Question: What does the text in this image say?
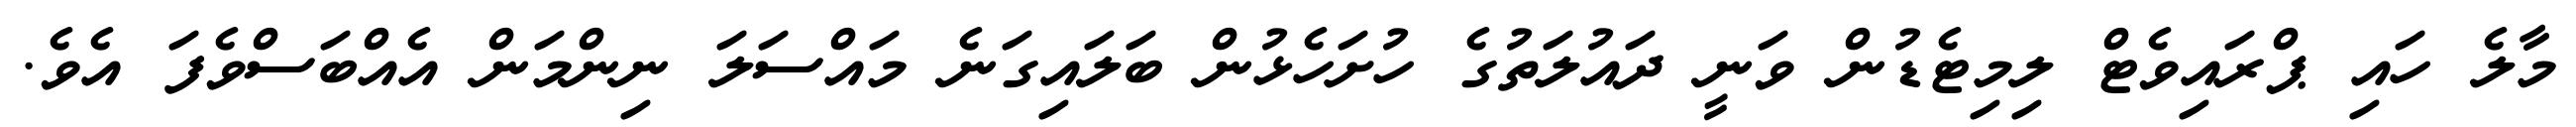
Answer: މާލެ ހައި ޕްރައިވެޓް ލިމިޓެޑުން ވަނީ ދައުލަތުގެ ހުށަހެޅުން ބަލައިގަނެ މައްސަލަ ނިންމަން އެއްބަސްވެފަ އެވެ.